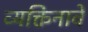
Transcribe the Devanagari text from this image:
व्यक्तिनावे